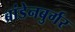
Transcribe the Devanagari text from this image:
ब्रांडेनबुर्गर